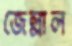
জেল্লাল